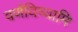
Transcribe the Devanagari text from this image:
वर्णयिष्यामि